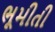
ભૂમીતી